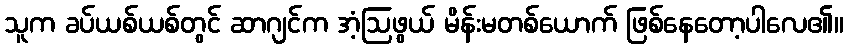
သူက ခပ်ယစ်ယစ်တွင် ဆာဂျင်က အံ့ဩဖွယ် မိန်းမတစ်ယောက် ဖြစ်နေတော့ပါလေ၏။